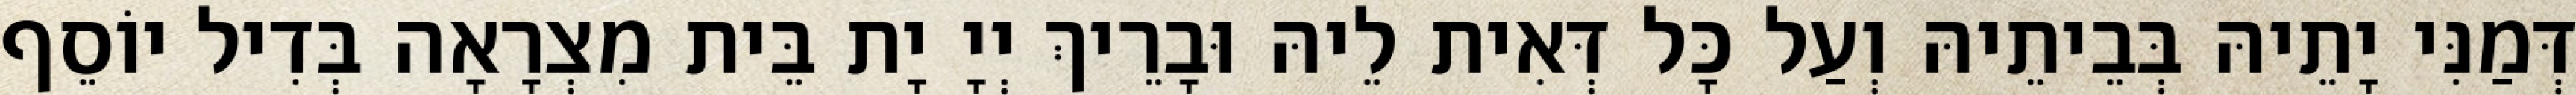
דְּמַנִּי יָתֵיהּ בְּבֵיתֵיהּ וְעַל כָּל דְּאִית לֵיהּ וּבָרֵיךְ יְיָ יָת בֵּית מִצְרָאָה בְּדִיל יוֹסֵף